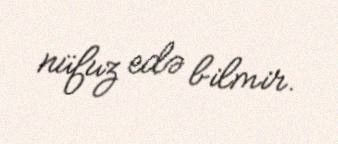
nüfuz edə bilmir.